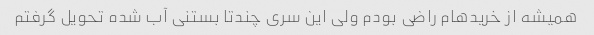
همیشه از خریدهام راضی بودم ولی این سری چندتا بستنی آب شده تحویل گرفتم